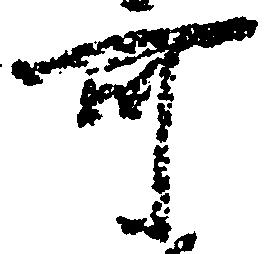
可